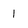
Character: 1